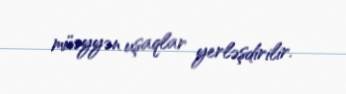
müəyyən uşaqlar yerləşdirilir.